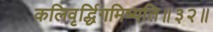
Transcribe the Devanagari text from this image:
कलिवृर्द्धिगमिष्यति॥३२॥